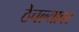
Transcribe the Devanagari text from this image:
ठेचल्यावर